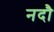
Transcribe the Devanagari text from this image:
नदौ